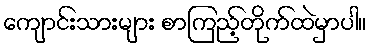
ကျောင်းသားများ စာကြည့်တိုက်ထဲမှာပါ။